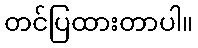
တင်ပြထားတာပါ။